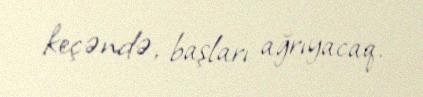
keçəndə, başları ağrıyacaq.